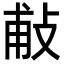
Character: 𢼹